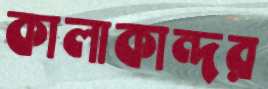
কালাকান্দর